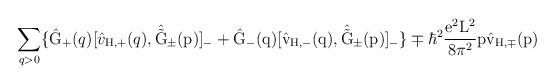
LaTeX: \begin{align*}\sum_{q>0} \{ \hat{\rm G}_{+}(q) [\hat{v}_{\rm H,+}(q) ,\hat{\tilde{\rm G}}_{\pm}(p)]_{-} + \hat{\rm G}_{-}(q)[\hat{v}_{\rm H,-}(q),\hat{\tilde{\rm G}}_{\pm}(p)]_{-} \} \mp {\hbar}^2\frac{e^2{\rm L}^2}{8{\pi}^2} p \hat{v}_{\rm H,\mp}(p)\end{align*}